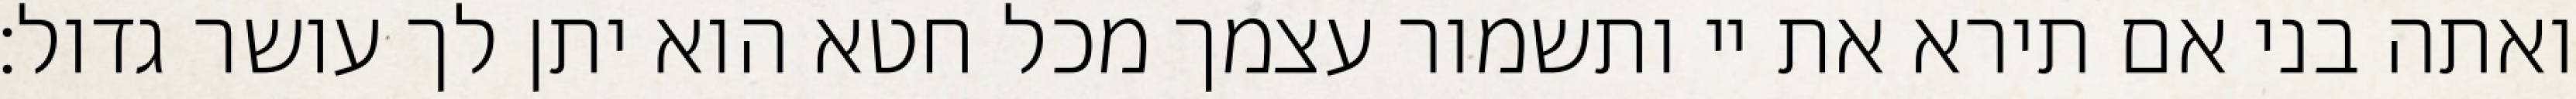
ואתה בני אם תירא את יי ותשמור עצמך מכל חטא הוא יתן לך עושר גדול: